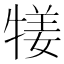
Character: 𤚖